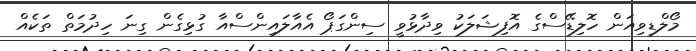
މޯލްޑިވިއަން ހޮލިޑޭސްގެ އޮފިޝަލަކު ވިދާޅުވީ ސިންގަޕޯ އެއާލައިންސްއާ ގުޅިގެން ގިނަ ހިދުމަތް ތަކެއް